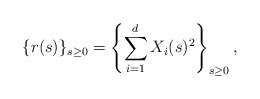
\begin{align*} \{r(s)\}_{s\ge0}=\left\{\sum_{i=1}^{d}X_{i}(s)^2\right\}_{s\ge0},\end{align*}